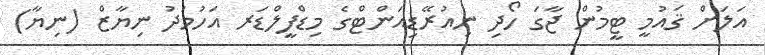
އަލަށް ޤައުމީ ޓީމުން ޖާގަ ހޯދި ނިއުރޭޑިއަންޓްގެ މިޑްފީލްޑަރ އަހުމަދު ނިޔާޒް (ނިޔާ)